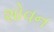
શોવન